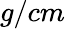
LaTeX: g/cm